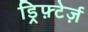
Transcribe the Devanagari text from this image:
ड्रिफ़्टेर्ज़